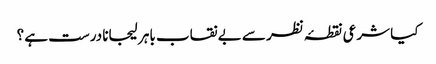
کیا شرعی نقطۂ نظر سے بے نقاب باہر لیجانا درست ہے ؟